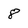
Character: 8